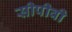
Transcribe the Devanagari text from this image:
सीपीवी